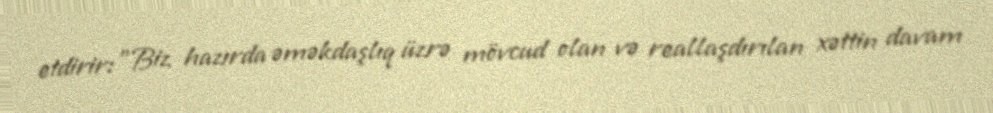
etdirir: "Biz hazırda əməkdaşlıq üzrə mövcud olan və reallaşdırılan xəttin davam